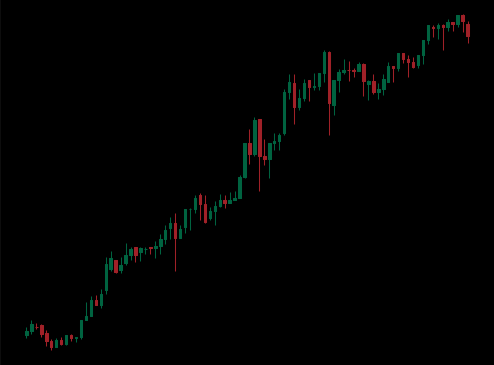
Pattern: unclassified